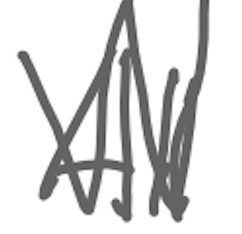
Text: All
Cross-out: mix
Writing tool: digital_gray